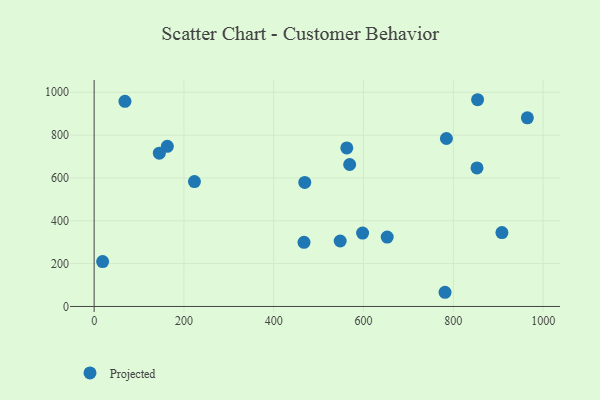
{"axis": {"x": "Investment", "y": "Sales"}, "legend": ["Projected"], "data": [{"x": "548.0", "y": 305.8, "type": "Projected"}, {"x": "562.7", "y": 740.1, "type": "Projected"}, {"x": "852.7", "y": 647.1, "type": "Projected"}, {"x": "163.0", "y": 747.7, "type": "Projected"}, {"x": "784.6", "y": 784.2, "type": "Projected"}, {"x": "68.6", "y": 958.0, "type": "Projected"}, {"x": "854.0", "y": 965.3, "type": "Projected"}, {"x": "467.4", "y": 299.6, "type": "Projected"}, {"x": "18.9", "y": 209.8, "type": "Projected"}, {"x": "223.4", "y": 583.2, "type": "Projected"}, {"x": "145.2", "y": 715.8, "type": "Projected"}, {"x": "652.7", "y": 324.0, "type": "Projected"}, {"x": "908.2", "y": 344.9, "type": "Projected"}, {"x": "469.1", "y": 579.2, "type": "Projected"}, {"x": "781.5", "y": 66.3, "type": "Projected"}, {"x": "569.1", "y": 662.8, "type": "Projected"}, {"x": "964.9", "y": 880.9, "type": "Projected"}, {"x": "597.9", "y": 342.6, "type": "Projected"}]}